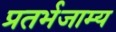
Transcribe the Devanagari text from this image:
प्रतर्भजाम्य